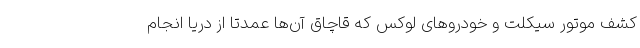
کشف موتور سیکلت و خودرو‌های لوکس که قاچاق آن‌ها عمدتا از دریا انجام